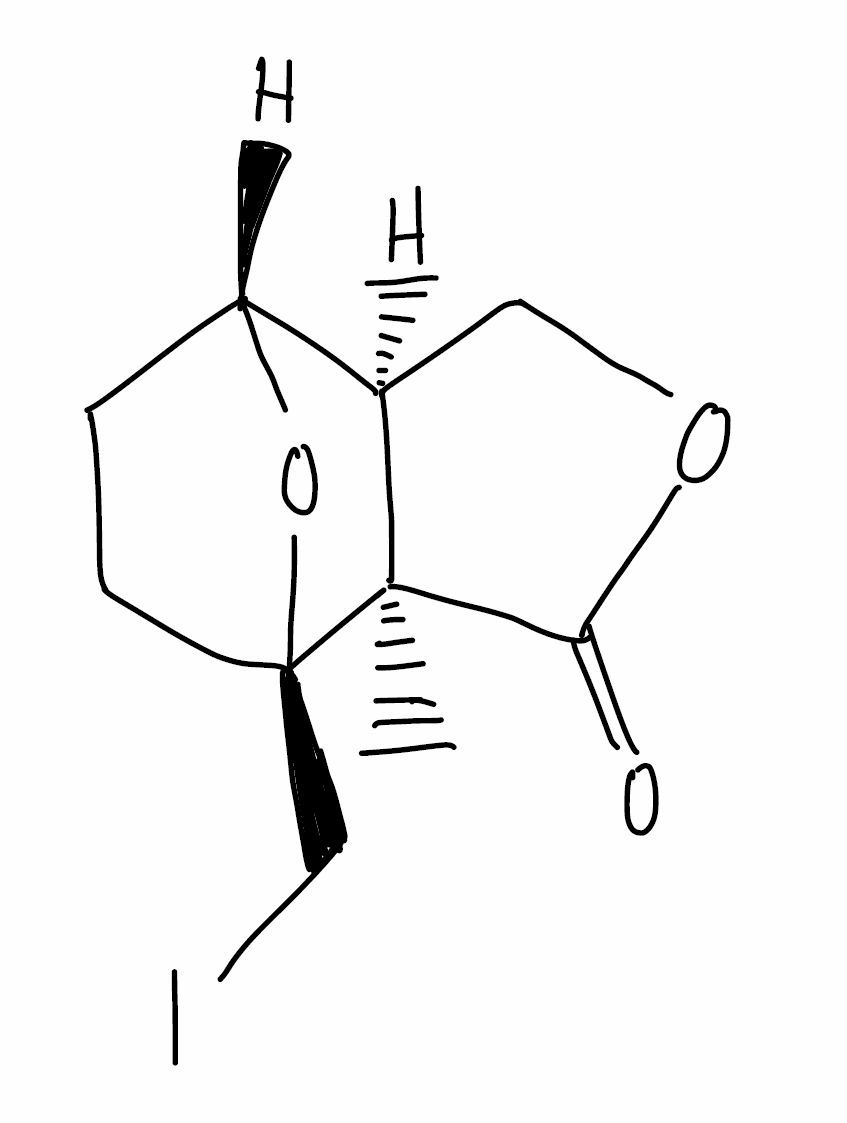
Simplified molecular-input line-entry system (SMILES) notation of the given molecule:
C[C@]12[C@H](COC1=O)[C@H]3CC[C@@]2(O3)CI